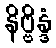
နိဗ္ဗိန္ဒံ